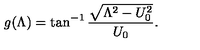
g ( \Lambda ) = \tan ^ { - 1 } \frac { \sqrt { \Lambda ^ { 2 } - U _ { 0 } ^ { 2 } } } { U _ { 0 } } .